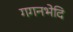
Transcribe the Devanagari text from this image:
गगनभेदि